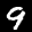
Label: 9